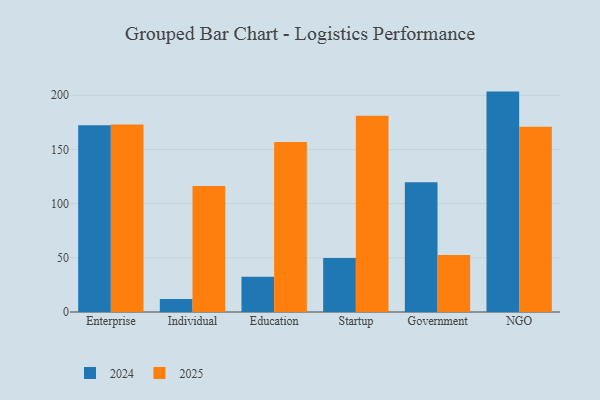
{"axis": {"x": "Segment", "y": "Population (Million)"}, "legend": ["2024", "2025"], "data": [{"x": "Enterprise", "y": 172.4, "type": "2024"}, {"x": "Enterprise", "y": 173.1, "type": "2025"}, {"x": "Individual", "y": 12.1, "type": "2024"}, {"x": "Individual", "y": 116.2, "type": "2025"}, {"x": "Education", "y": 32.5, "type": "2024"}, {"x": "Education", "y": 157.0, "type": "2025"}, {"x": "Startup", "y": 49.9, "type": "2024"}, {"x": "Startup", "y": 181.2, "type": "2025"}, {"x": "Government", "y": 119.7, "type": "2024"}, {"x": "Government", "y": 52.7, "type": "2025"}, {"x": "NGO", "y": 203.4, "type": "2024"}, {"x": "NGO", "y": 171.0, "type": "2025"}]}